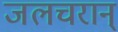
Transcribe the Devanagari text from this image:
जलचरान्